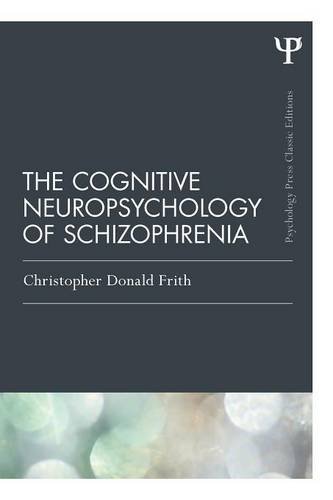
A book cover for The Cognitive Neuropsychology of Schizophrenia (Classic Edition) (Psychology Press & Routledge Classic Editions); Christopher Donald Frith; Health, Fitness & Dieting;